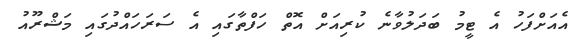
އެއަށްފަހު އެ ޓީމު ބަދަލުވާނެ ކުރިއަށް އޮތް ހަފްތާގައި އެ ސަރަހައްދުގައި މަޝްރޫއު